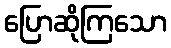
ပြောဆိုကြသော